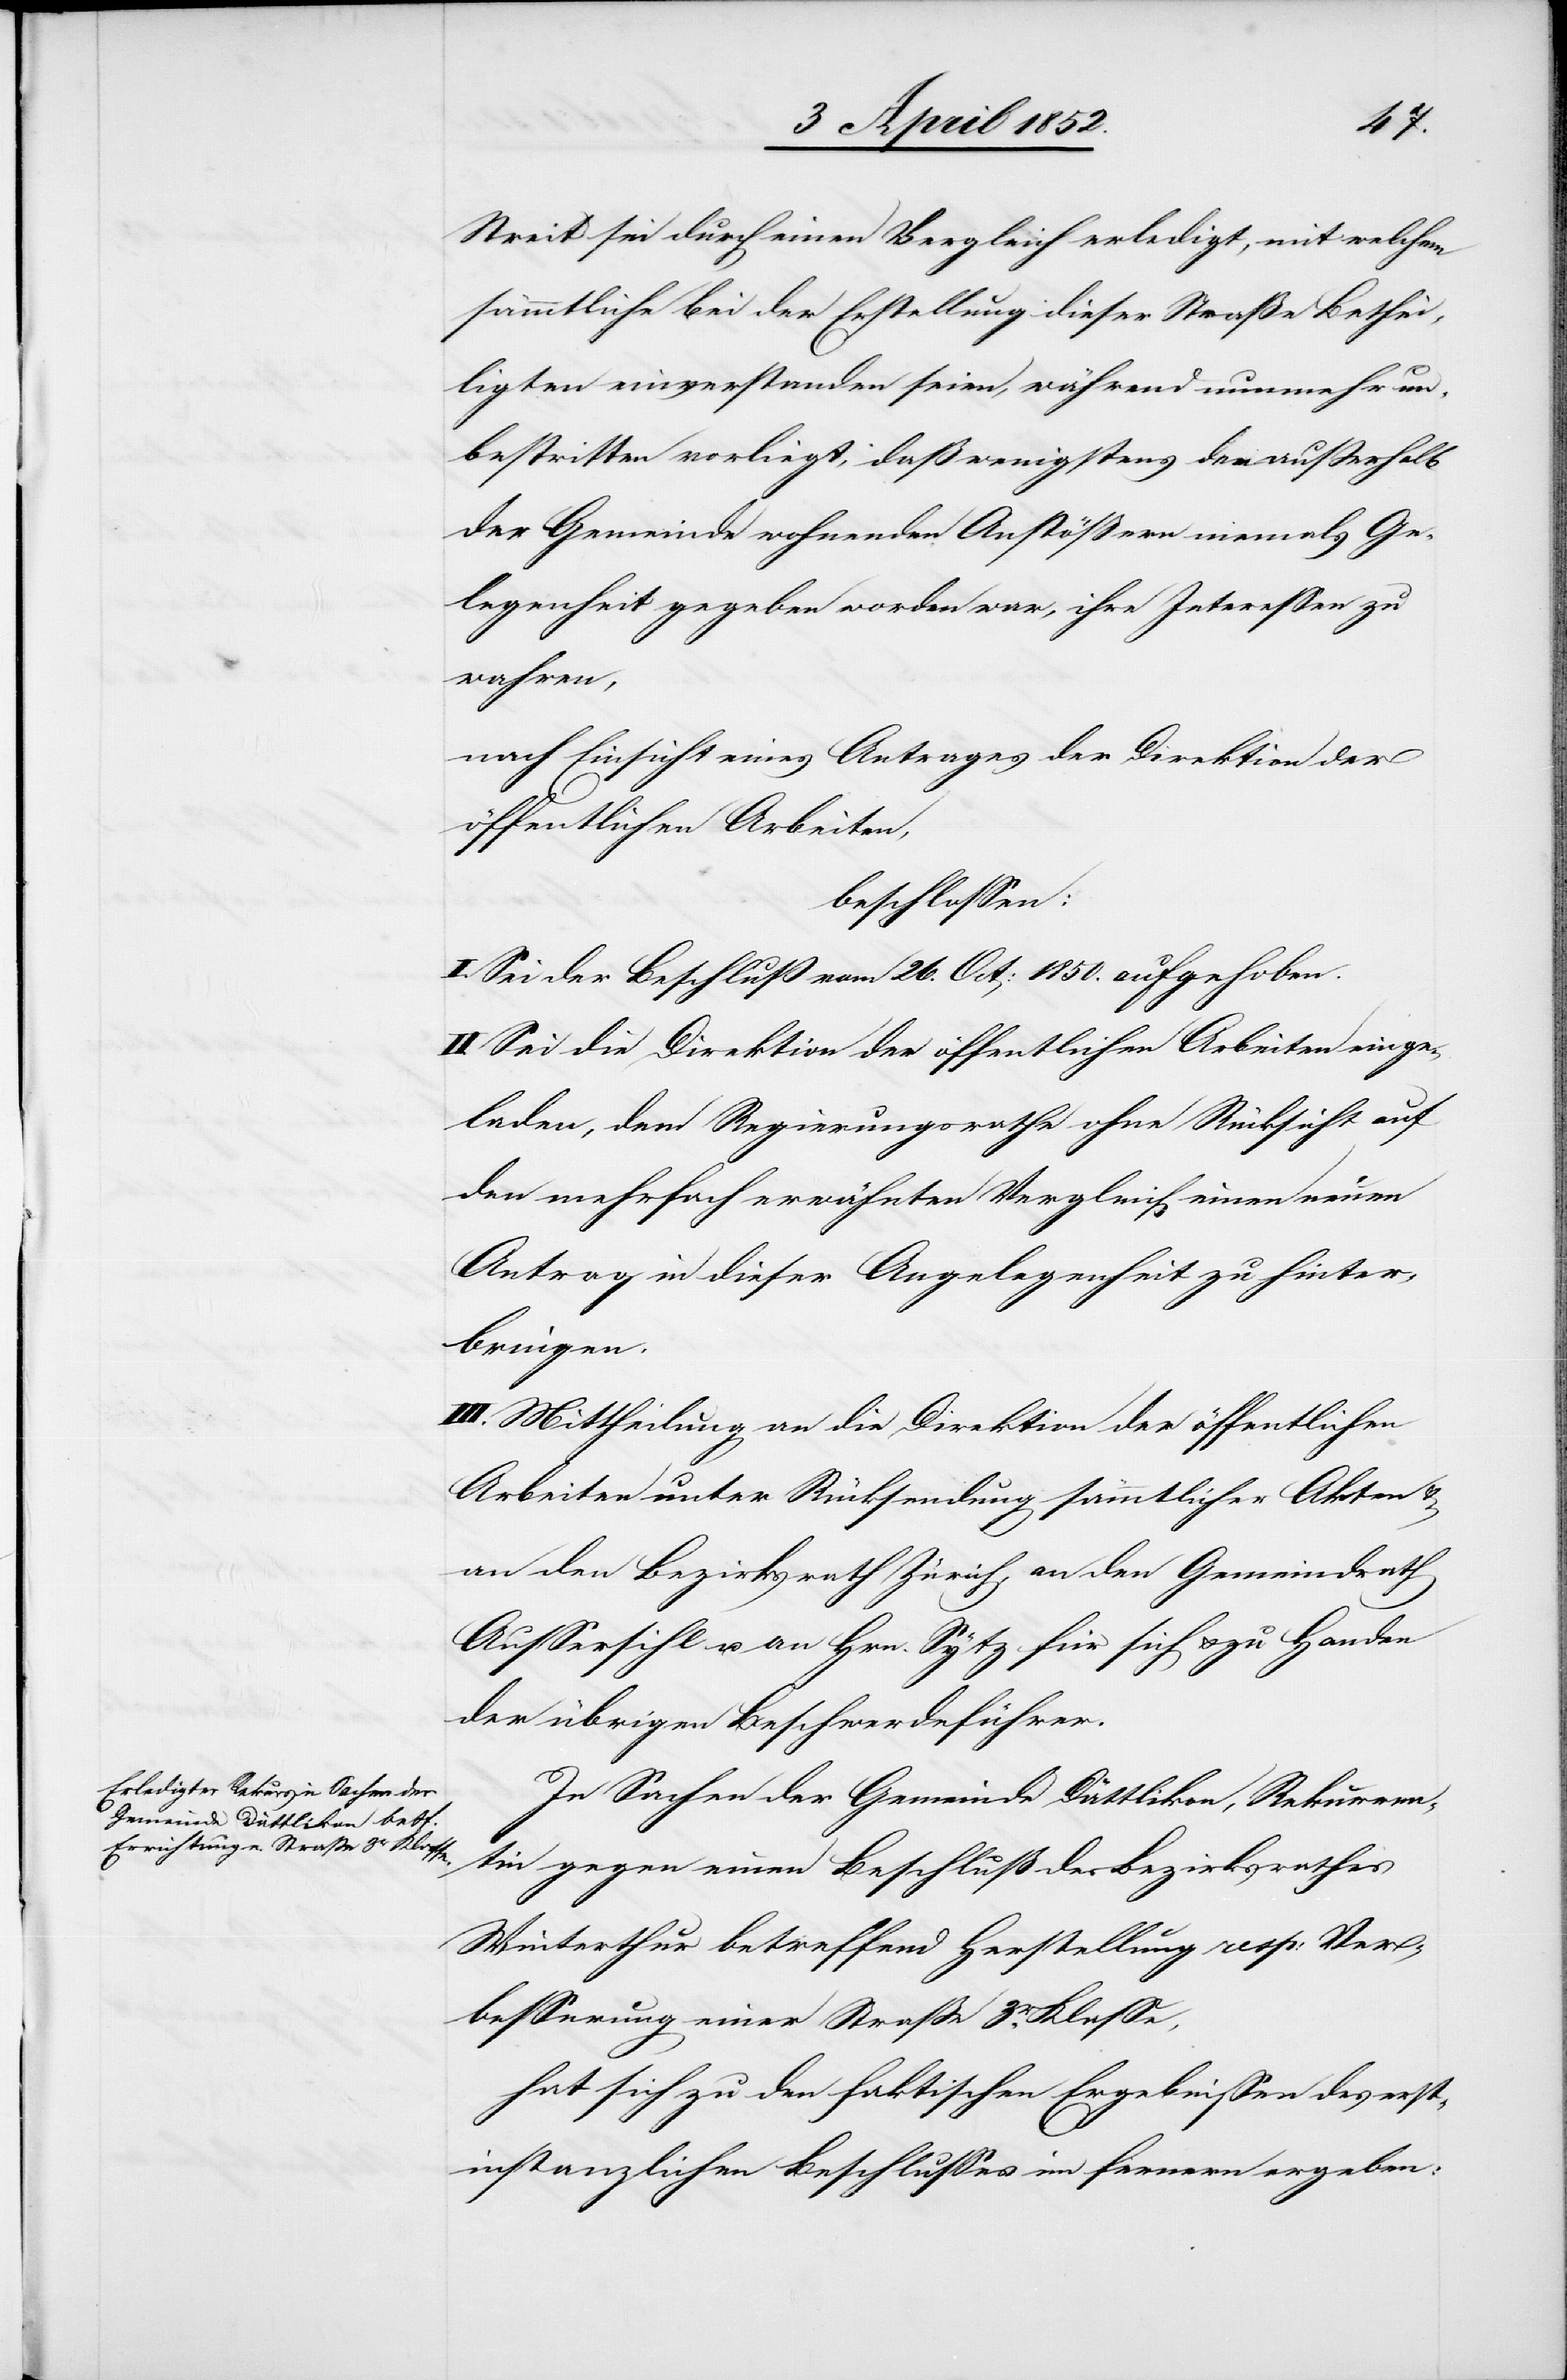
Streit sei durch einen Vergleich erledigt, mit welchem
sämmtliche bei der Erstellung dieser Straße Bethei¬
ligten einverstanden seien, während nunmehr un¬
bestritten vorliegt, daß wenigstens den ausserhalb
der Gemeinde wohnenden Anstößern niemals Ge¬
legenheit gegeben worden war, ihre Interessen zu
wahren,
nach Einsicht eines Antrages der Direktion der
öffentlichen Arbeiten,
beschlossen:
I. Sei der Beschluß vom 26. Oct: 1850. aufgehoben.
II. Sei die Direktion der öffentlichen Arbeiten einge¬
laden, dem Regierungsrathe ohne Rücksicht auf
den mehrfach erwähnten Vergleich einen neuen
Antrag in dieser Angelegenheit zu hinter¬
bringen.
III. Mittheilung an die Direktion der öffentlichen
Arbeiten unter Rücksendung sämmtlicher Akten &
an den Bezirksrath Zürich, an den Gemeindrath
Aussersihl u. an Hrn. Sytz für sich & zu Handen
der übrigen Beschwerdeführer.
In Sachen der Gemeinde Dättlikon, Rekurren¬
tin gegen einen Beschluß des Bezirksrathes
Winterthur betreffend Herstellung resp: Ver¬
besserung einer Strasse 3r. Klasse,
hat sich zu den faktischen Ergebnissen des erst¬
instanzlichen Beschlusses im fernern ergeben: